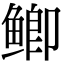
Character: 鲫